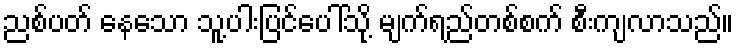
ညစ်ပတ် နေသော သူ့ပါးပြင်ပေါ်သို့ မျက်ရည်တစ်စက် စီးကျလာသည်။